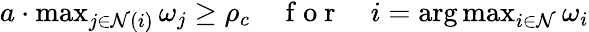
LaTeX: \begin{array}{r}{a\cdot\operatorname*{max}_{j\in{\mathcal{N}(i)}}\omega_{j}\geq\rho_{c}\quad\mathrm{~f~o~r~}\quad i=\arg\operatorname*{max}_{i\in\mathcal{N}}\omega_{i}}\end{array}